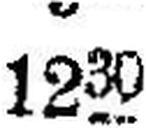
1230